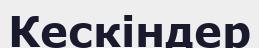
Кескіндер